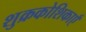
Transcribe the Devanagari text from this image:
शुक्रकोशिकाएँ